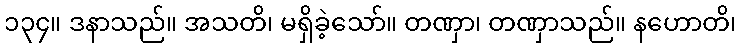
၁၃၄။ ဒနာသည်။ အသတိ၊ မရှိခဲ့သော်။ တဏှာ၊ တဏှာသည်။ နဟောတိ၊